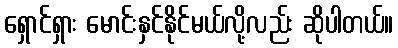
ရှောင်ရှား မောင်းနှင်နိုင်မယ်လို့လည်း ဆိုပါတယ်။